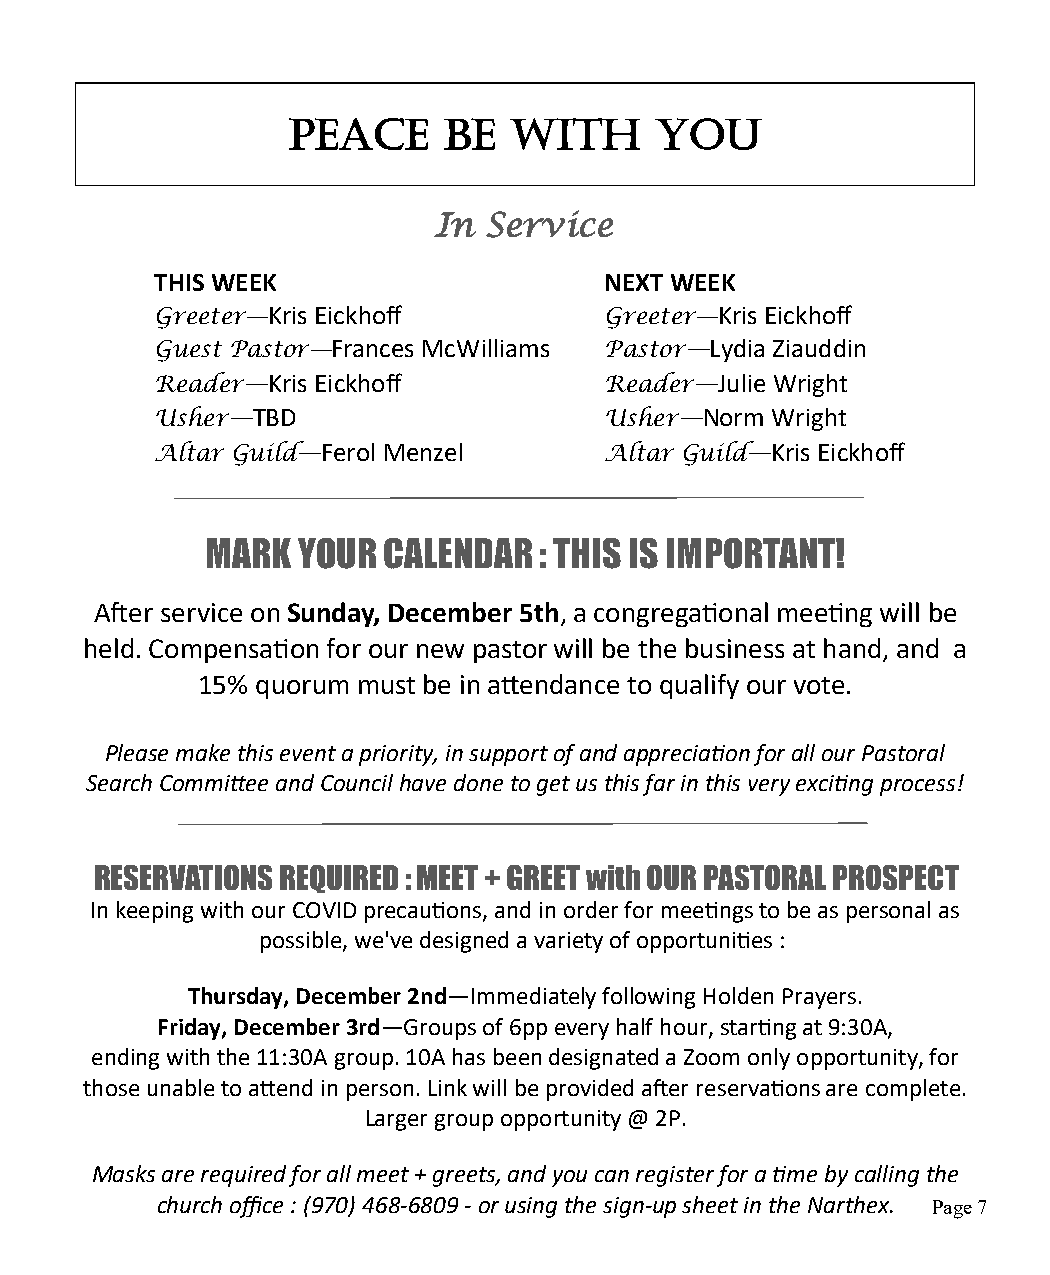
Peace     be   with     you
 In Service
 THIS WEEK                     NEXT WEEK
 Greeter—Kris Eickhoff         Greeter—Kris Eickhoff
 Guest Pastor—Frances McWilliams Pastor—Lydia Ziauddin
 Reader—Kris Eickhoff          Reader—Julie Wright
 Usher—TBD                     Usher—Norm Wright
 Altar Guild—Ferol Menzel      Altar Guild—Kris Eickhoff
 MARK  YOUR CALENDAR   : THIS IS IMPORTANT!
 After service on Sunday, December 5th, a congregational meeting will be
 held. Compensation for our new pastor will be the business at hand, and a
 15% quorum must be in attendance to qualify our vote.
 Please make this event a priority, in support of and appreciation for all our Pastoral
 Search Committee and Council have done to get us this far in this very exciting process!
 RESERVATIONS REQUIRED : MEET + GREET with OUR PASTORAL PROSPECT
 In keeping with our COVID precautions, and in order for meetings to be as personal as
 possible, we've designed a variety of opportunities :
 Thursday, December 2nd—Immediately following Holden Prayers.
 Friday, December 3rd—Groups of 6pp every half hour, starting at 9:30A,
 ending with the 11:30A group. 10A has been designated a Zoom only opportunity, for
 those unable to attend in person. Link will be provided after reservations are complete.
 Larger group opportunity @ 2P.
 Masks are required for all meet + greets, and you can register for a time by calling the
 church office : (970) 468-6809 - or using the sign-up sheet in the Narthex. Page 7